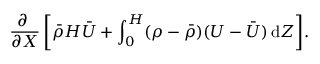
\frac { \partial ~ } { \partial X } \left[ \bar { \rho } H \bar { U } + \int _ { 0 } ^ { H } ( \rho - \bar { \rho } ) ( U - \bar { U } ) \, \mathrm { d } Z \right] \! .